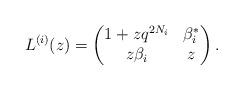
LaTeX: \begin{align*}L^{(i)}(z)=\begin{pmatrix} 1+zq^{2N_{i}} & \beta_{i}^{*} \\ z\beta_{i} & z \end{pmatrix}. \end{align*}